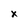
Character: x